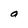
Character: a